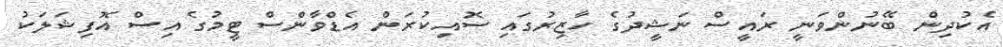
އެކުދިން ބޭނުންވަނީ ރައީސް ނަޝީދުގެ ހާޒިރުގައި ސޮއިކުރަން އެޑްވާންސް ޓީމުގެ އިސް އޮފިޝަލަކު